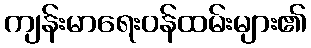
ကျန်းမာရေးဝန်ထမ်းများ၏